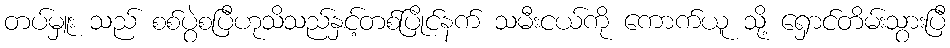
တပ်မှူး သည် စစ်ပွဲစပြီဟုသိသည်နှင့်တစ်ပြိုင်နက် သမီးငယ်ကို ကောက်ယူ သို့ ရှောင်တိမ်းသွားပြီ